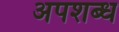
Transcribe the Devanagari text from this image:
अपशब्ध